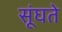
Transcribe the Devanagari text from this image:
सूंघते